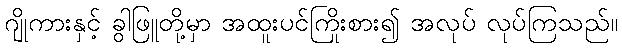
ဂျိုကားနှင့် ခွါဖြူတို့မှာ အထူးပင်ကြိုးစား၍ အလုပ် လုပ်ကြသည်။